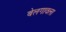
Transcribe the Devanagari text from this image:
बेलगावला